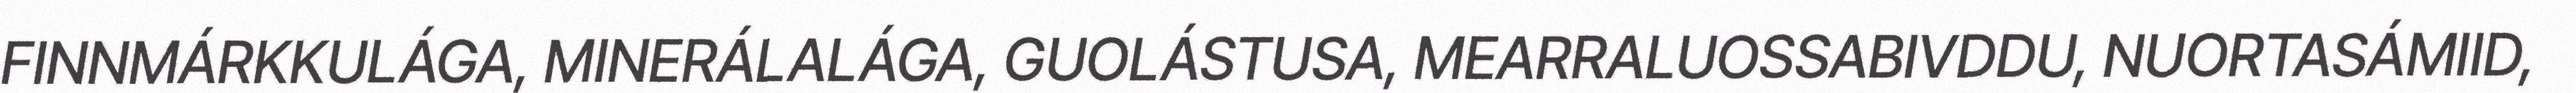
FINNMÁRKKULÁGA, MINERÁLALÁGA, GUOLÁSTUSA, MEARRALUOSSABIVDDU, NUORTASÁMIID,